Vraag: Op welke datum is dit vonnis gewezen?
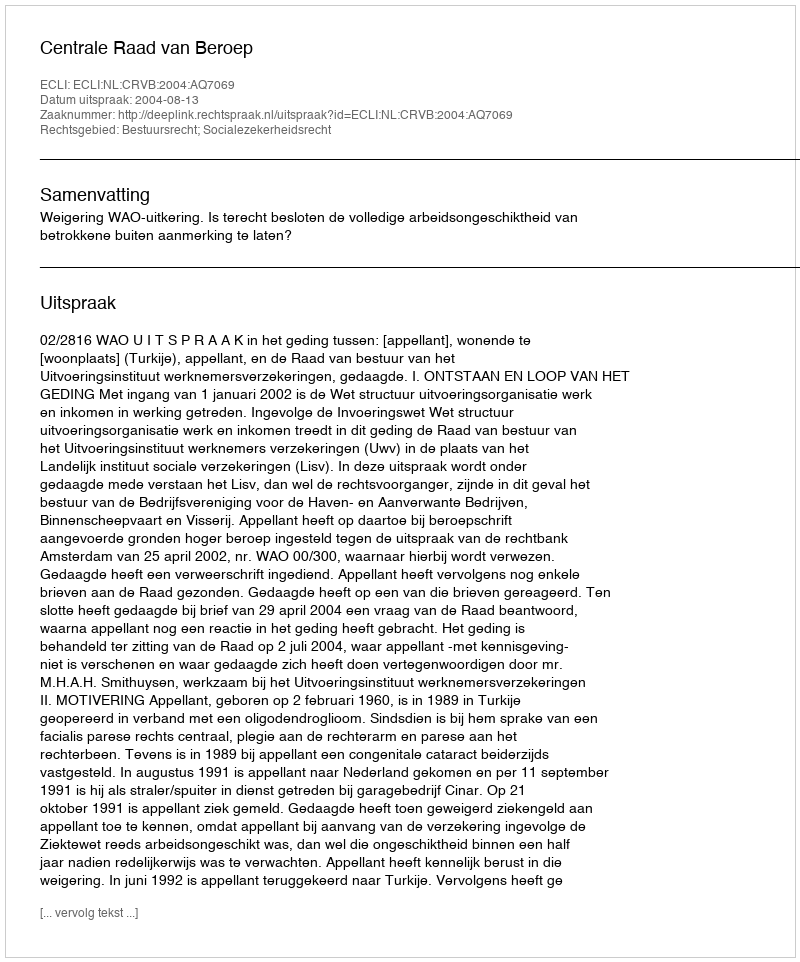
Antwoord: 2004-08-13